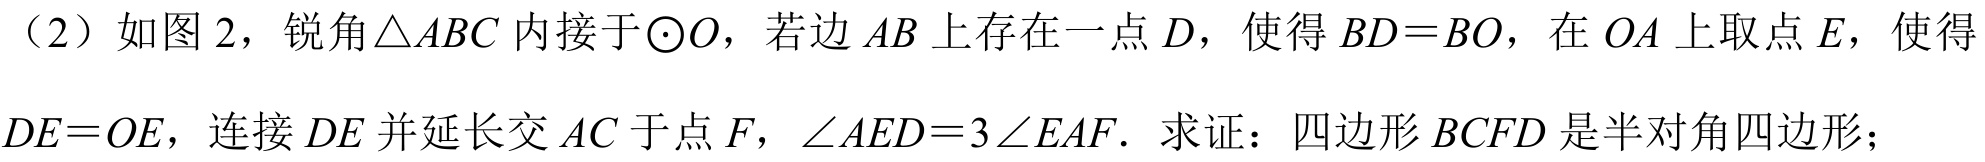
（2）如图2，锐角\(\triangle ABC\)内接于\(\odot O\)，若边\(AB\)上存在一点\(D\)，使得\(BD = BO\)，在\(OA\)上取点\(E\)，使得\(DE = OE\)，连接\(DE\)并延长交\(AC\)于点\(F\)，\(\angle AED = 3\angle EAF\)．求证：四边形\(BCFD\)是半对角四边形；